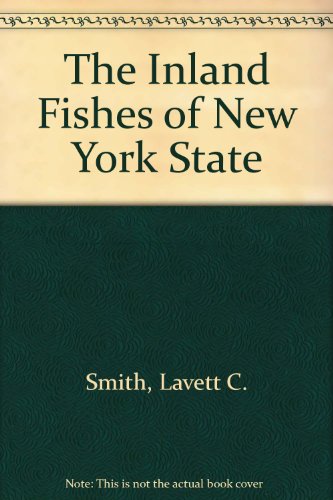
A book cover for The Inland Fishes of New York State; Lavett C. Smith; Sports & Outdoors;